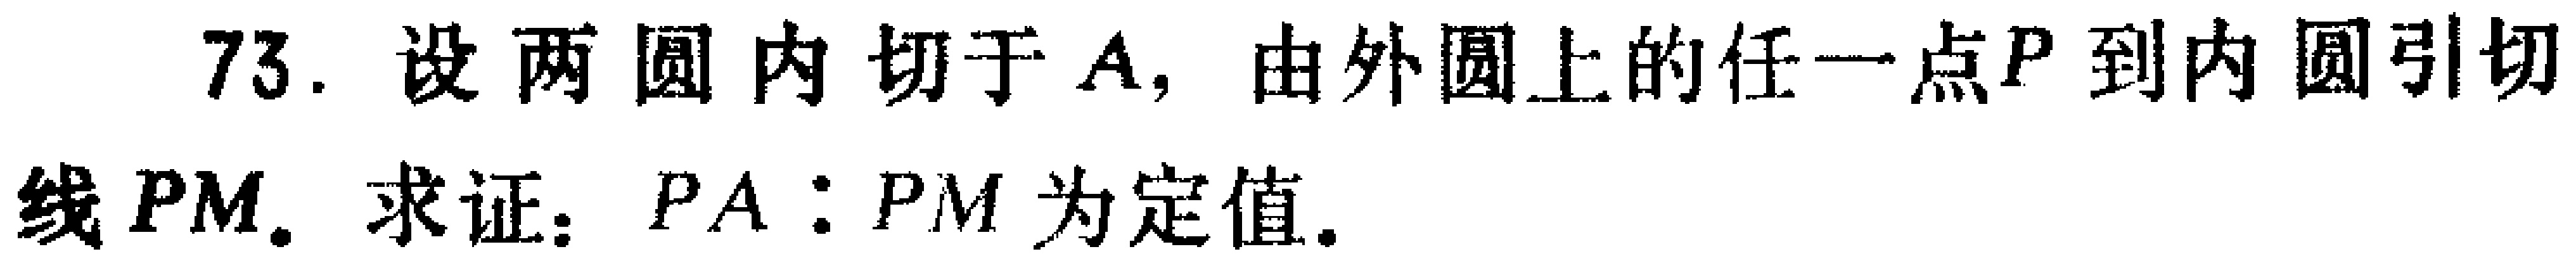
73. 设两圆内切于\(A\)，由外圆上的任一点\(P\)到内圆引切线\(PM\)。求证：\(PA:PM\)为定值。